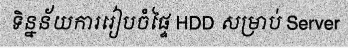
ទិន្នន័យការរៀបចំផ្ទៃ HDD សម្រាប់ Server